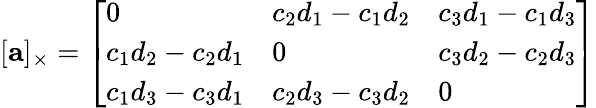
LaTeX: [\mathbf{a}]_{\times}={\left[\begin{array}{lll}{0}&{c_{2}d_{1}-c_{1}d_{2}}&{c_{3}d_{1}-c_{1}d_{3}}\\ {c_{1}d_{2}-c_{2}d_{1}}&{0}&{c_{3}d_{2}-c_{2}d_{3}}\\ {c_{1}d_{3}-c_{3}d_{1}}&{c_{2}d_{3}-c_{3}d_{2}}&{0}\end{array}\right]}